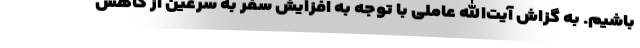
باشیم. به گزاش آیت‌الله عاملی با توجه به افزایش سفر به سرعین از کاهش